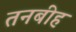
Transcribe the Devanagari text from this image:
तनबीह